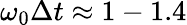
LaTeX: \omega_{0}\Delta t\approx 1-1.4